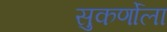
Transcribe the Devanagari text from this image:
सुकर्णोला